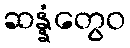
ဆန္နံတွေဝ